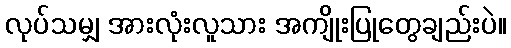
လုပ်သမျှ အားလုံးလူသား အကျိုးပြုတွေချည်းပဲ။